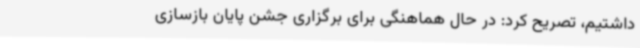
داشتیم، تصریح کرد: در حال هماهنگی برای برگزاری جشن پایان بازسازی